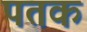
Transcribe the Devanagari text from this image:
पतक